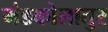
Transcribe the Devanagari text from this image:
मंडकोलातुर